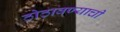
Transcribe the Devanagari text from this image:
ठोठावण्याची